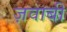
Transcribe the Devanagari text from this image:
ज़वाबी